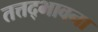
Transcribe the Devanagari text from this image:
तत्तद्भावना